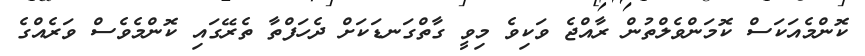
ކޮންމެއަކަސް ކޮމަންވެލްތުން ރާއްޖެ ވަކިވެ މިވީ ގާތްގަނޑަކަށް ދެހަފްތާ ތެރޭގައި ކޮންމެވެސް ވަރެއްގެ